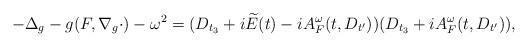
LaTeX: \begin{align*}-\Delta_g - g(F,\nabla_g\cdot)-\omega^2 &= (D_{t_3}+i\widetilde{E}(t)-iA^\omega_F(t,D_{t'}))(D_{t_3}+iA^\omega_F(t,D_{t'})),\end{align*}